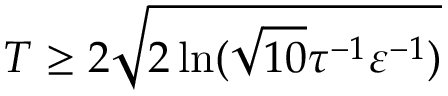
T \geq 2 \sqrt { 2 \ln ( \sqrt { 1 0 } \tau ^ { - 1 } \varepsilon ^ { - 1 } ) }